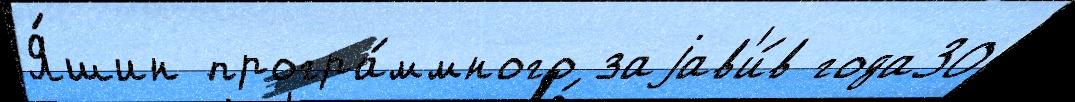
Я́шин програ́ммного заjав'и́в года30